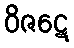
ဝိဇဋေ